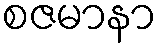
စဇမာနာ